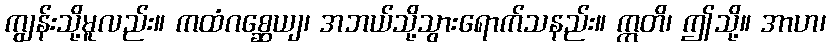
ကျွန်းသို့မူလည်း။ ကထံဂစ္ဆေယျ၊ အဘယ်သို့သွားရောက်သနည်း။ ဣတိ၊ ဤသို့။ အာဟ၊